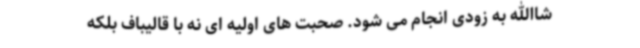
شاالله به زودی انجام می شود. صحبت های اولیه ای نه با قالیباف بلکه